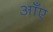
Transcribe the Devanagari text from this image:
आँए